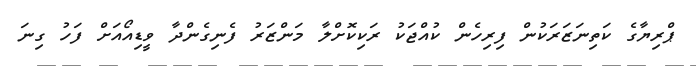
ޕްރިޔާގެ ކަތިނަޒަރަކުން ފިރިހެން ކުއްޖަކު ރަކިކޮށްލާ މަންޒަރު ފެނިގެންދާ ވީޑިއޯއަށް ފަހު ގިނަ